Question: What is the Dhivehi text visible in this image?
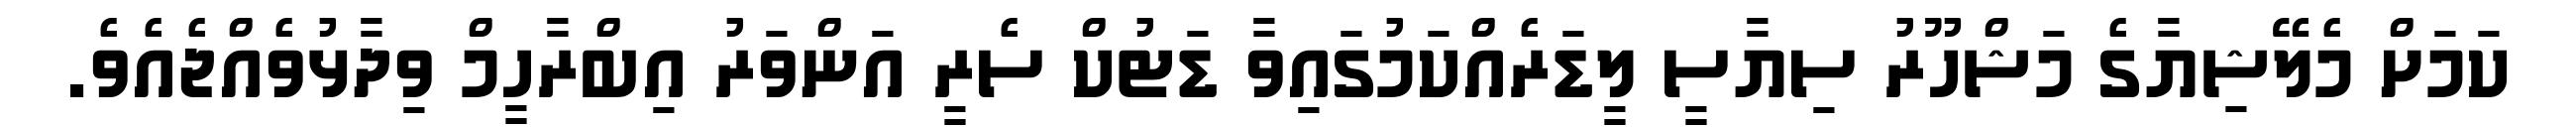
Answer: ކަމަށް މެލޭޝިޔާގެ މަޝްހޫރު ސިޔާސީ ލީޑަރެއްކަމުގައިވާ ޑަޓުކް ސެރީ އަންވަރު އިބްރާހީމް ވިދާޅުވެއްޖެއެވެ.